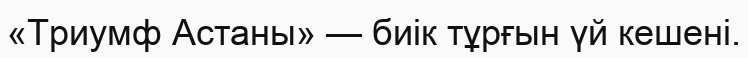
«Триумф Астаны» — биік тұрғын үй кешені.